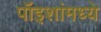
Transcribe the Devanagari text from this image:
पॉइशांमध्ये